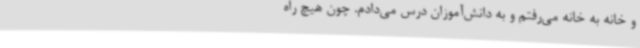
و خانه به خانه می‌رفتم و به دانش‌آموزان درس می‌دادم. چون هیچ راه